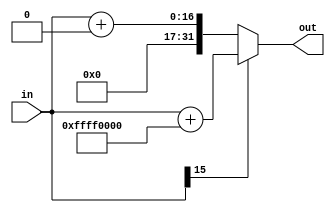
module EXTENDER(in, out);
input [15:0]in;
output reg [31:0]out=0;
always@(in)
    begin
        if(in[15]==1)
            begin
                out = in + 32'hFFFF0000;
            end   
        else
            begin
                out = in + 32'h00000000;
            end
    end
endmodule